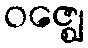
ဝဇ္ဈေ